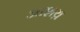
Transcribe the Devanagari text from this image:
आशय़